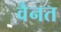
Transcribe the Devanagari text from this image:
वैनत